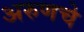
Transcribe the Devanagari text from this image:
अरुणचे